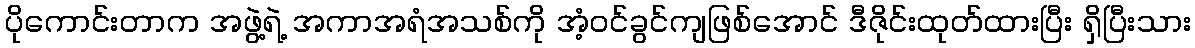
ပိုကောင်းတာက အဖွဲ့ရဲ့ အကာအရံအသစ်ကို အံ့ဝင်ခွင်ကျဖြစ်အောင် ဒီဇိုင်းထုတ်ထားပြီး ရှိပြီးသား